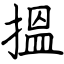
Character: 搵